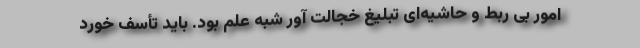
امور بی ربط و حاشیه‌ای تبلیغ خجالت آور شبه علم بود. باید تأسف خورد